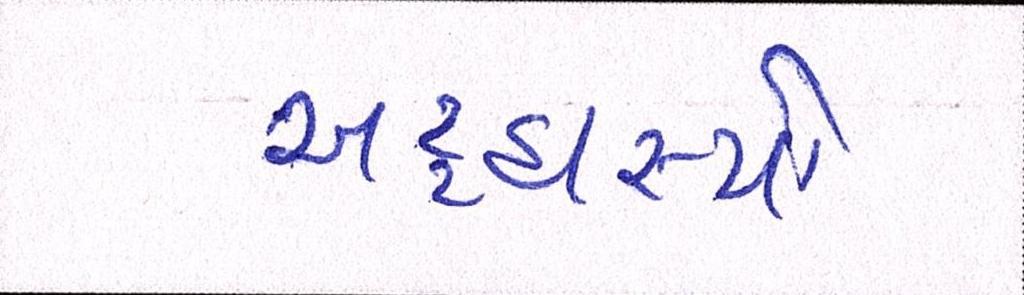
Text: અટ્ટહાસ્યો